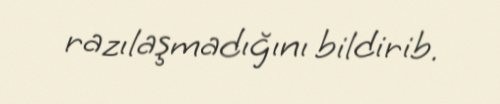
razılaşmadığını bildirib.